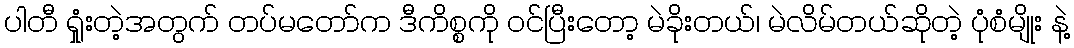
ပါတီ ရှုံးတဲ့အတွက် တပ်မတော်က ဒီကိစ္စကို ဝင်ပြီးတော့ မဲခိုးတယ်၊ မဲလိမ်တယ်ဆိုတဲ့ ပုံစံမျိုး နဲ့